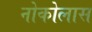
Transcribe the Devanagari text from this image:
नोकोलास